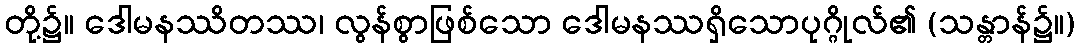
တို့၌။ ဒေါမနဿိတဿ၊ လွန်စွာဖြစ်သော ဒေါမနဿရှိသောပုဂ္ဂိုလ်၏ (သန္တာန်၌။)